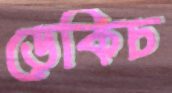
ডেকিচ